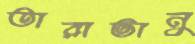
তারাভানু